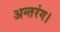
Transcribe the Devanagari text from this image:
अन्तरंग।